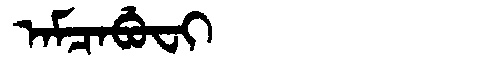
Manchu: ᠠᠮᠴᠠᠪᡠᠸᡳ
Romanization: AMCABUFI